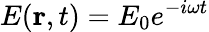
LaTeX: E(\textbf{r},t)=E_{0}{e^{-i{\omega}t}}